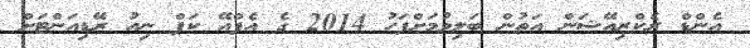
އެންޑް ރެކްރިއޭޝަން އަތުން ބަލިވުމަށްފަހު 2014 ގެ އެފްއޭ ކަޕް ނިއު ރޭޑިއަންޓަށް